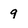
Character: 9